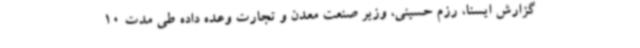
گزارش ایسنا، رزم حسینی، وزیر صنعت معدن و تجارت وعده داده طی مدت 10